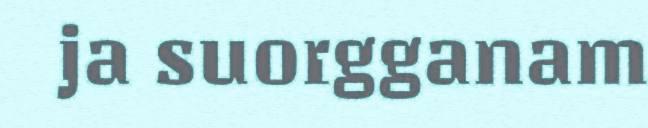
ja suorgganam